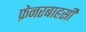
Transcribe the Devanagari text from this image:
फ़ेनरबाहसी